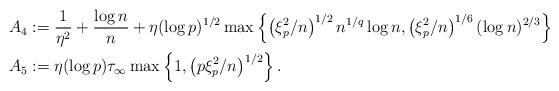
LaTeX: \begin{align*}A_{4} &:= \frac{1}{\eta^2} + \frac{\log n}{n} + \eta (\log p)^{1/2} \max\left\{ \left( \xi_{p}^{2} / n \right)^{1/2}n^{1/q}\log n , \left( \xi_{p}^{2} / n \right)^{1/6} (\log n)^{2/3} \right\} \\A_{5} &:= \eta (\log p) \tau_{\infty}\max\left\{1 , \left( p \xi_{p}^{2} / n \right)^{1/2} \right\}.\end{align*}